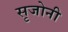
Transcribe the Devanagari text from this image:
सृजोनी